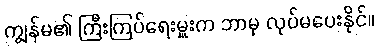
ကျွန်မ၏ ကြီးကြပ်ရေးမှူးက ဘာမှ လုပ်မပေးနိုင်။